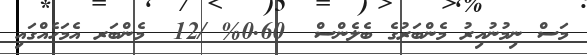
މަސް ނިމުނުއިރު މެންބަރުގެ ބެލެންސް  0.60% /12  މެންބަރ އެމަހެއްގައި